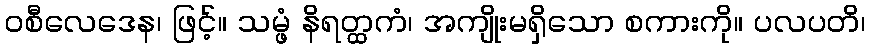
ဝစီလေဒေန၊ ဖြင့်။ သမ္ဖံ နိရတ္ထကံ၊ အကျိုးမရှိသော စကားကို။ ပလပတိ၊